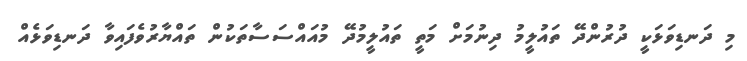
މި ދަނޑިވަޅަކީ ދުރުންދޭ ތައުލީމު ދިނުމަށް މަތީ ތައުލީމުދޭ މުއައްސަސާތަކުން ތައްޔާރުވެފައިވާ ދަނޑިވަޅެއް